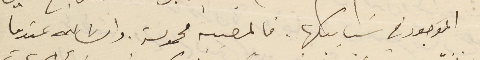
المَوجود في شبابيكها. فالمصيبه محمولة. وانشالله عندما